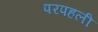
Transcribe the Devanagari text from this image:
परपहली